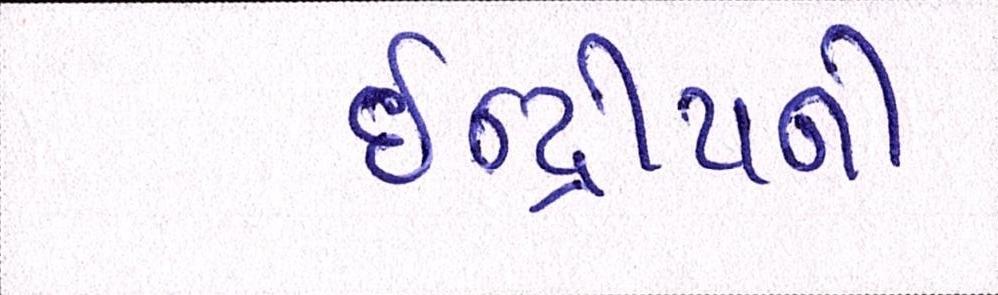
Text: ઇન્દ્રીયથી